Leaving Certificate Examination, 1923
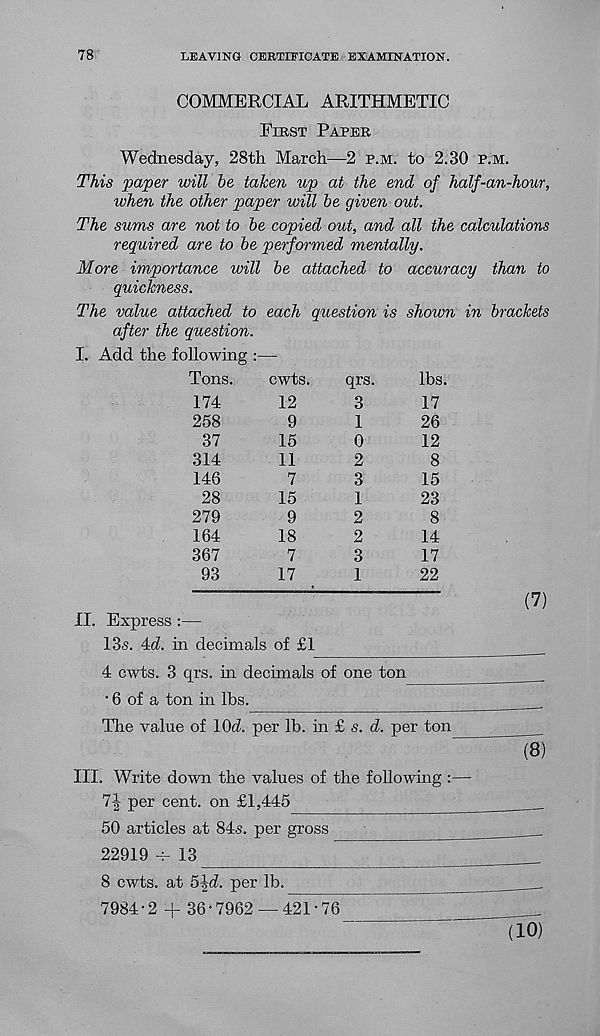
78
LEAVING CERTIFICATE EXAMINATION.
COMMERCIAL ARITHMETIC
First Paper
Wednesday, 28th March—2 p.m. to 2.30 p.m.
This paper will he taken up at the end of half-an-hour,
when the other paper will he given out.
The sums are not to he copied out, and all the calculations
required are to he performed mentally.
More importance will he attached to accuracy than to
quickness.
The value attached to each question is shown in brackets
after the question.
I. Add the following :—
Tons.
cwts.
qrs.
lbs.
174
12
3
17
258
9
1
26
37
15
0
12
314
11
2
8
146
7
3
15
28
15
1
23
279
92
8
164
18
2
14
367
7
3
17
93
17
1
22
II. Express :—
13s. 4d. in decimals of £1
4 cwts. 3 qrs. in decimals of one ton
• 6 of a ton in lbs.
The value of lOd. per lb. in £ s. d. per ton
III. Write down the values of the following
71 per cent, on £1,445
50 articles at 84s. per gross
22919
13
8 cwts. at 5\d. per lb.
7984 • 2 + 36 • 7962 — 421 • 76
(7)
(8)
(10)